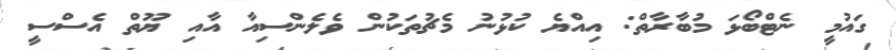
ގައުމީ ނެޓްބޯޅަ މުބާރާތް: އިއްޔެ ކުޅުނު މެޗުތަކުން ވެލެންސިއާ އާއި ޔޫތް އެސްސީ